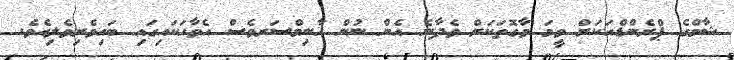
ޝާމްގެ ޕްރެންޑްއަކަށް ވީމަ ވާގޮތަކަށް ވެދާނެ އެން ނުން ހާނިމްސަރވެސް އެވާހަކައިގައި ބައިވެރިވެލިއެވެ.